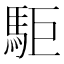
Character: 駏